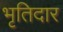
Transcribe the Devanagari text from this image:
भृतिदार